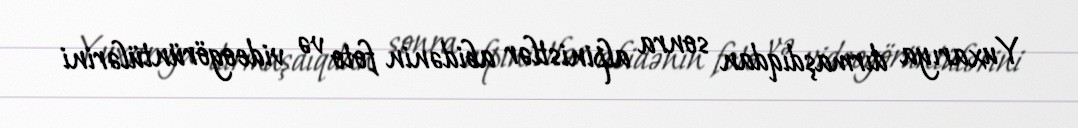
Yuxarıya dırmaşdıqdan sonra alpinistlər abidənin foto və videogörüntülərini